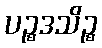
ပဉ္စဒသိဉ္စ